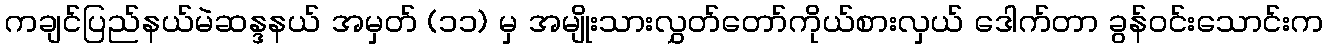
ကချင်ပြည်နယ်မဲဆန္ဒနယ် အမှတ် (၁၁) မှ အမျိုးသားလွှတ်တော်ကိုယ်စားလှယ် ဒေါက်တာ ခွန်ဝင်းသောင်းက